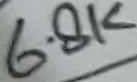
Text: 6.8K